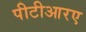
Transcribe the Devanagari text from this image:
पीटीआरए